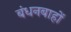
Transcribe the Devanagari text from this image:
बंधनबाहों